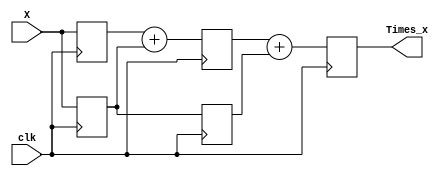
module TimesN_pipe(
  output reg [7:0] Times_x,
  input clk,
  input [7:0] X
);
  reg [7:0] Times_x1, Times_x2;
  reg [7:0] X1, X2;
  always @(posedge clk) begin
    // Pipeline stage 1
    X1 <= X; Times_x1 <= X;
    // Pipeline stage 2
    X2 <= X1;
    Times_x2 <= Times_x1 + X1;
    // Pipeline stage 3
    Times_x <= Times_x2 + X2;
  end
endmodule